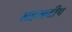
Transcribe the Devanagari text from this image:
सहस्रदीप